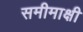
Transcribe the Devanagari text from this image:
समीमाक्षी